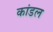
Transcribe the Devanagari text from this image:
कांडल